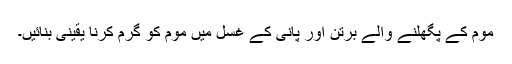
موم کے پگھلنے والے برتن اور پانی کے غسل میں موم کو گرم کرنا یقینی بنائیں۔